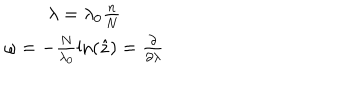
LaTeX: \begin{matrix} { { \lambda = \lambda _ { 0 } \frac { n } { N } } } \\ { { \omega = - \frac { N } { \lambda _ { 0 } } \ln ( \hat { z } ) = \frac { \partial } { \partial \lambda } } } \\ \end{matrix}